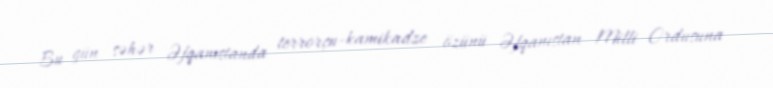
Bu gün səhər Əfqanıstanda terrorçu-kamikadze özünü Əfqanıstan Milli Ordusuna